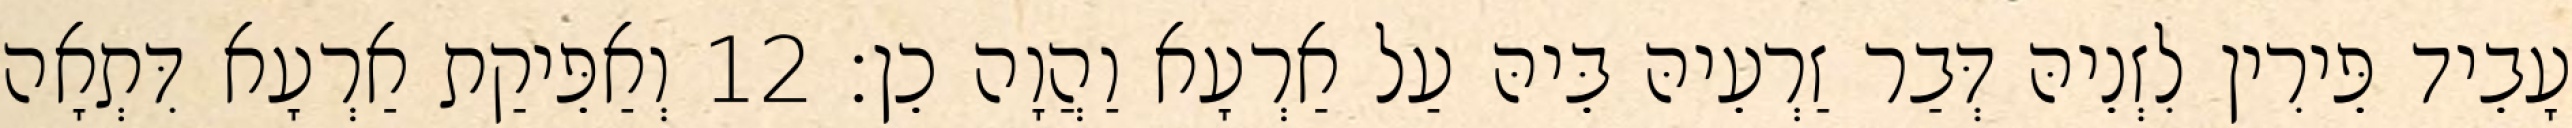
עָבֵיד פֵּירִין לִזְנֵיהּ דְּבַר זַרְעֵיהּ בֵּיהּ עַל אַרְעָא וַהֲוָה כֵן׃ 12 וְאַפֵּיקַת אַרְעָא דִּתְאָה